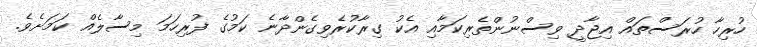
ހުރިހާ ހުރަސްތައް އިޖާދީ ވިސްނުންތެރިކަމާއި އެކު ގިރާކުރެވިގެންދާނެ ކަމުގެ ފުރިހަމަ މިސާލެއް ކަމަށެވެ.